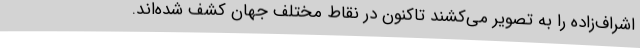
اشراف‌زاده را به تصویر می‌کشند تاکنون در نقاط مختلف جهان کشف شده‌اند.